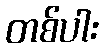
တစ်ပါး